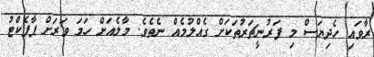
ރާވައި ހެދިޔަސް މި ފަރުނީޗަރުތަކަށް ގެއްލުމެއް ނެތެވެ. މާލެއަށް ހަމަ ވަރަށް ޕާފެކްޓު